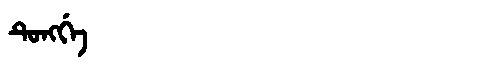
Manchu: ᡨᡠᠩᡤᡝ
Romanization: TUNGGE